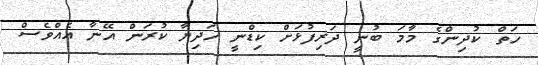
ހަތް ކުދިންގެ މާމަ ބުނީ ދަރިފުޅަށް ކިޑްނީ ހަދިޔާ ކުރަން އޭނާ އެއްވެސް